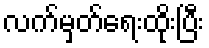
လက်မှတ်ရေးထိုးပြီး